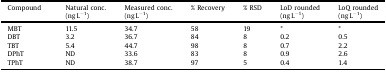
| Compound | Natural conc.(ng L−1) | Measured conc.(ng L−1) | % Recovery | % RSD | LoD rounded(ng L−1) | LoQ rounded(ng L−1) |
 | --- | --- | --- | --- | --- | --- | --- |
 | MBT | 11.5 | 34.7 | 58 | 19 | * | * |
 | DBT | 3.2 | 36.7 | 84 | 8 | 0.2 | 0.5 |
 | TBT | 5.4 | 44.7 | 98 | 8 | 0.7 | 2.2 |
 | DPhT | ND | 33.6 | 83 | 8 | 0.9 | 2.6 |
 | TPhT | ND | 38.7 | 97 | 5 | 0.4 | 1.4 |